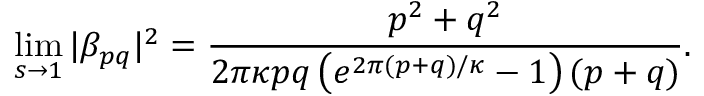
\operatorname* { l i m } _ { s \to 1 } | \beta _ { p q } | ^ { 2 } = \frac { p ^ { 2 } + q ^ { 2 } } { 2 \pi \kappa p q \left( e ^ { 2 \pi ( p + q ) / \kappa } - 1 \right) ( p + q ) } .